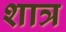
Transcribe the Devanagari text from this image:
शात्र